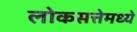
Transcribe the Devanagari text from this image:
लोकसत्तेमध्ये